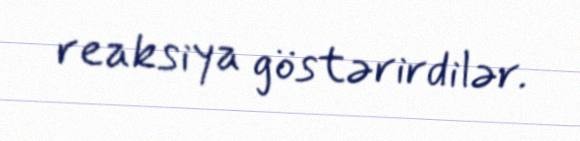
reaksiya göstərirdilər.